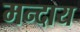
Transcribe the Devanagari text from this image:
मन्दाय